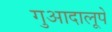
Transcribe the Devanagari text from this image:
गुआदालूपे